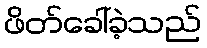
ဖိတ်ခေါ်ခဲ့သည်